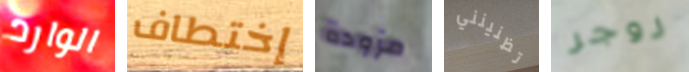
الوارد إختطاف مزودة تظنينني روجر